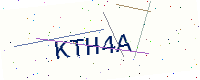
Text: KTH4A